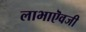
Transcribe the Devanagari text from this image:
लाभाऎवजी